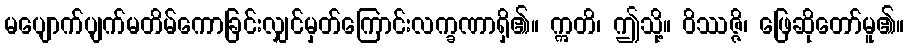
မပျောက်ပျက်မတိမ်ကောခြင်းလျှင်မှတ်ကြောင်းလက္ခဏာရှိ၏။ ဣတိ၊ ဤသို့။ ဝိဿဇ္ဇိ၊ ဖြေဆိုတော်မူ၏။